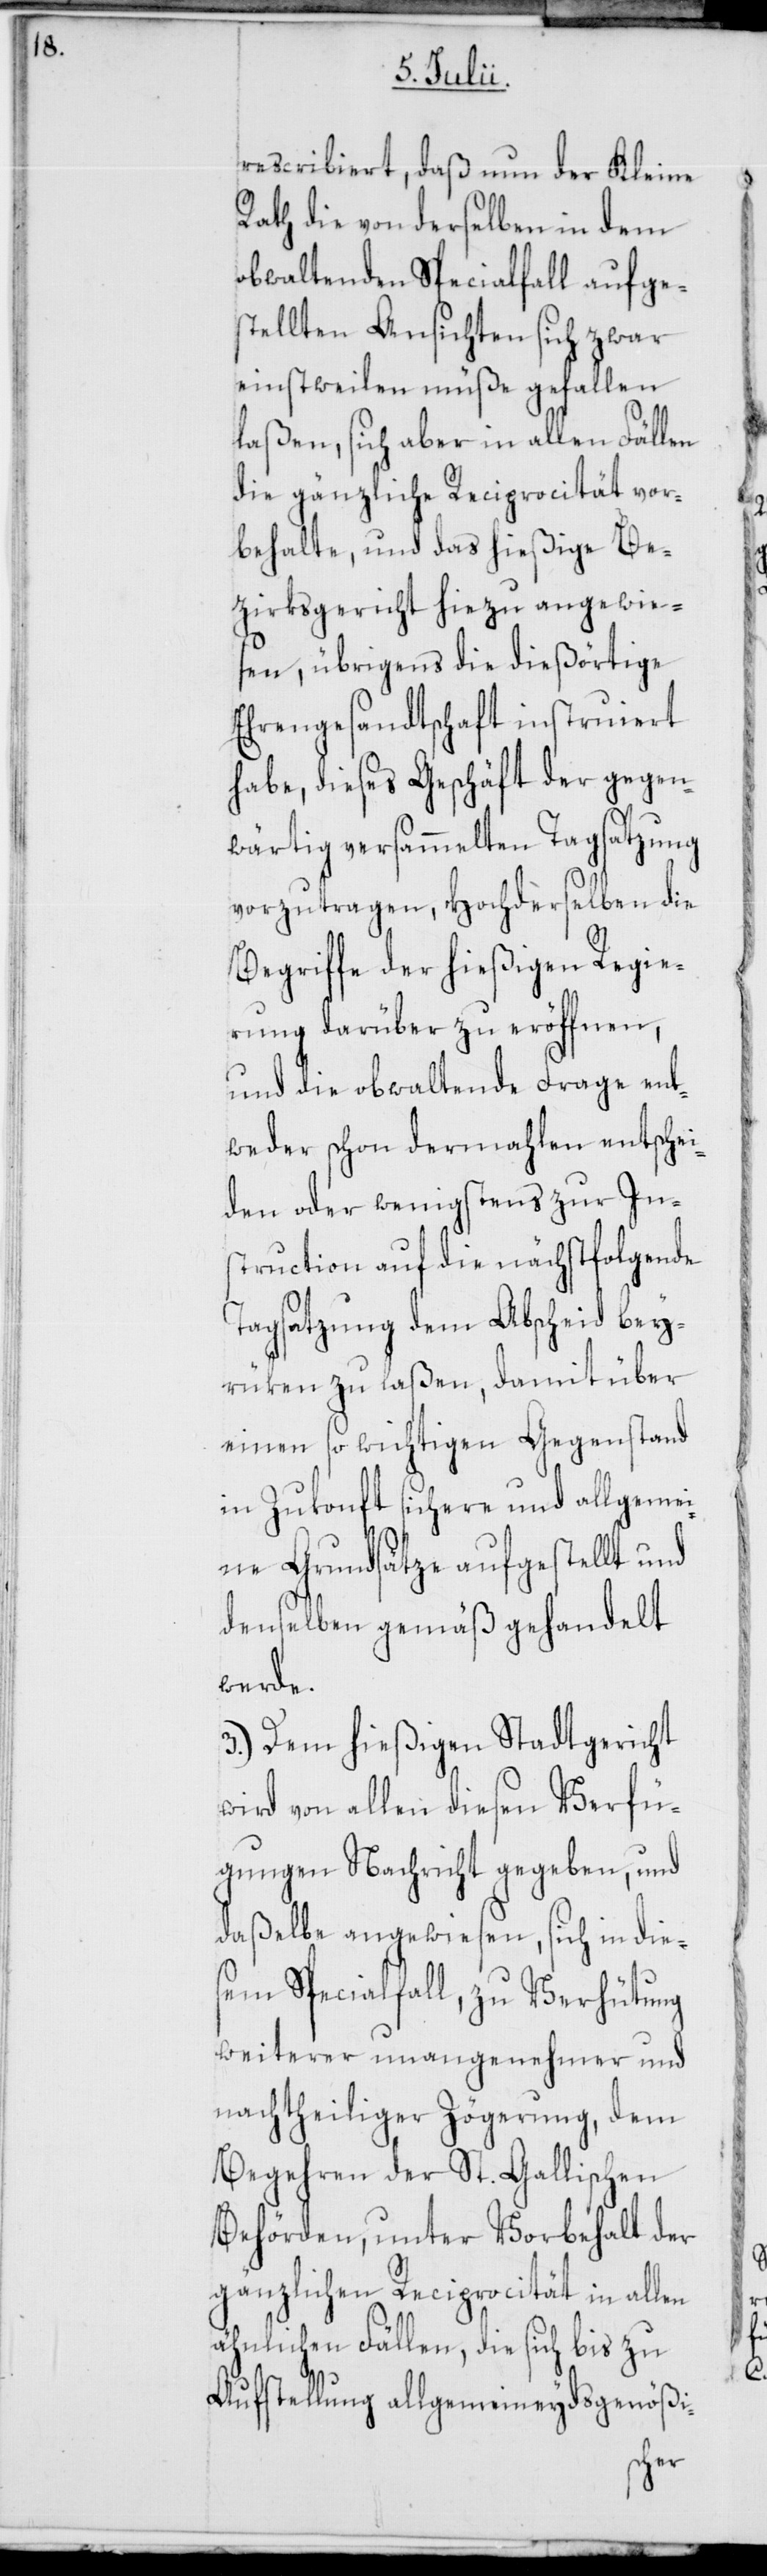
rescribiert, daß nun der Kleine
Rath die von derselben in dem
obwaltenden Specialfall aufge¬
stellten Ansichten sich zwar
einstweilen müße gefallen
laßen, sich aber in allen Fällen
die gänzliche Reciprocität vor¬
behalte, und das hießige Be¬
zirksgericht hiezu angewie¬
sen, übrigens die dießörtige
Ehrengesandtschaft instruiert
habe, dieses Geschäft der gegen¬
wärtig versammelten Tagsatzung
vorzutragen, Hochderselben die
Begriffe der hießigen Regie¬
rung darüber zu eröffnen,
und die obwaltende Frage ent¬
weder schon dermahlen entschei¬
den oder wenigstens zur In¬
struction auf die nächstfolgende
Tagsatzung dem Abscheid bey¬
rüken zu laßen, damit über
einen so wichtigen Gegenstand
in Zukonft sichere und allgemei¬
ne Grundsätze aufgestellt und
denselben gemäß gehandelt
werde.
3.) Dem hießigen Stadtgericht
wird von allen diesen Verfü¬
gungen Nachricht gegeben, und
daßelbe angewiesen, sich in die¬
sem Specialfall, zu Verhütung
weiterer unangenehmer und
nachtheiliger Zögerung, dem
Begehren der St. Gallischen
Behörden, unter Vorbehalt der
gänzlichen Reciprocität in allen
ähnlichen Fällen, die sich bis zu
Aufstellung allgemeineydsgenößi-